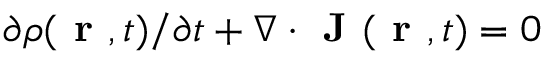
\partial \rho ( \textbf { r } , t ) / \partial t + \nabla \cdot \textbf { J } ( \textbf { r } , t ) = 0